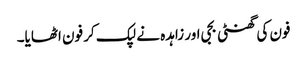
فون کی گھنٹی بجی اور زاہدہ نے لپک کر فون اٹھایا۔